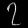
Digit: ၇